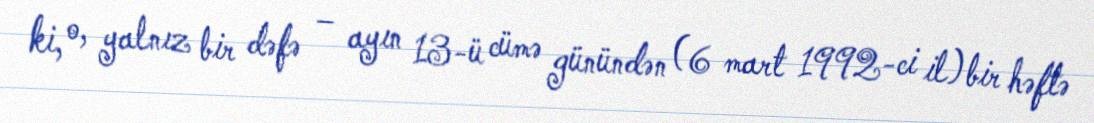
ki, o, yalnız bir dəfə – ayın 13-ü cümə günündən (6 mart 1992-ci il) bir həftə